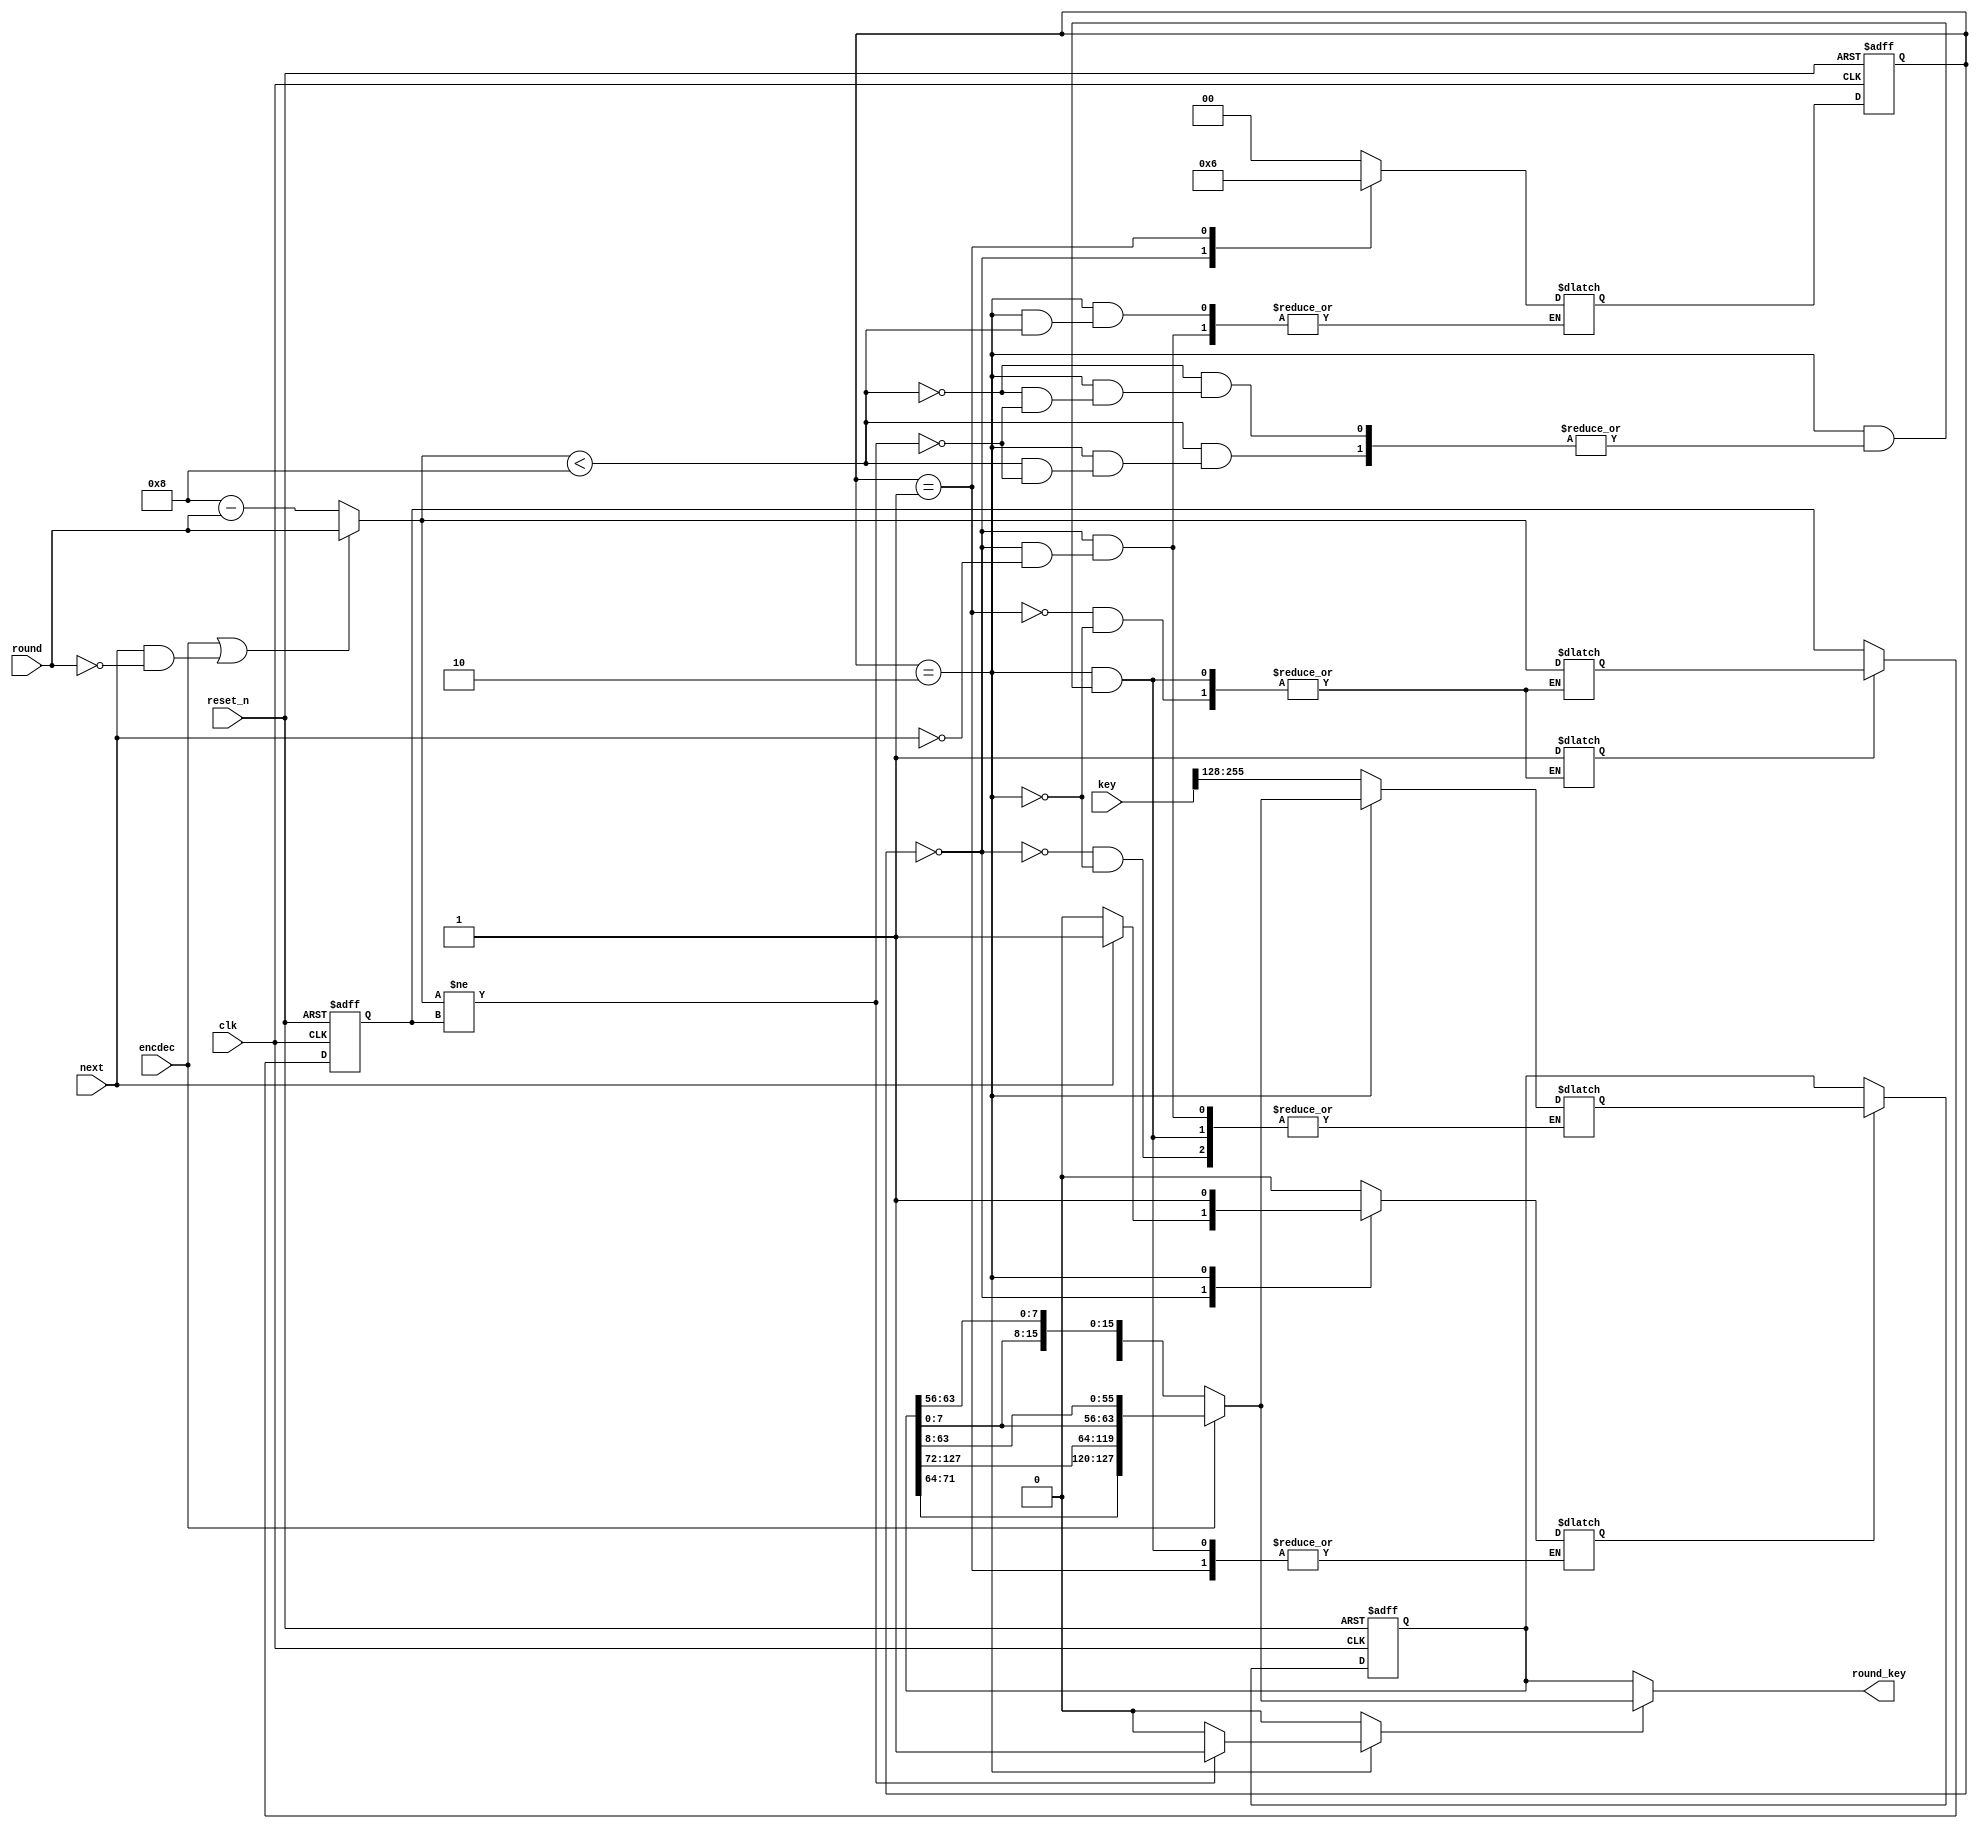
`default_nettype none

module aes_key_acc(
                   input wire            clk,
                   input wire            reset_n,

                   input wire [255 : 0]  key,
                   input wire            next,
                   input wire            encdec,

                   input wire    [3 : 0] round,
                   output wire [127 : 0] round_key

//                   output wire [31 : 0]  sboxw,
//                   input wire  [31 : 0]  new_sboxw
);
  //----------------------------------------------------------------
  // Parameters.
  //----------------------------------------------------------------
  localparam AES_128_NUM_ROUNDS = 8;
  localparam IDLE     = 3'h0;
  localparam INIT     = 3'h1;
  localparam MAIN = 3'h2;
  localparam DONE     = 3'h3;

  //----------------------------------------------------------------
  // Registers.
  //----------------------------------------------------------------
  reg [1:0]state_cur;
  reg [127:0]  key_reg;
  reg [3 : 0] round_b;

  //----------------------------------------------------------------
  // Wires.
  //----------------------------------------------------------------
  reg [1:0]state_next;
  reg  key_reg_we;
  reg [127:0]  key_reg_new;
  reg round_key_sit;
  wire  [127:0] key_trans;
  reg round_b_we;
  reg [3 : 0]round_b_new;
  wire [3:0] round_use;

  //----------------------------------------------------------------
  // Concurrent assignments for ports.
  //----------------------------------------------------------------
  assign round_key = (round_key_sit == 1'b1)? key_trans : key_reg;

  //----------------------------------------------------------------
  // Wire
  //----------------------------------------------------------------
  assign key_trans = (encdec==1)?{key_reg[71:64],key_reg[127:72],key_reg[7:0],key_reg[63:8]}:
{key_reg[119:64],key_reg[127:120],key_reg[55:0],key_reg[63:56]};
  assign round_use = (encdec==1 || (next&&round ==0))?round : AES_128_NUM_ROUNDS  - round;

  //----------------------------------------------------------------
  // reg_update
  //----------------------------------------------------------------
  always @ (posedge clk or negedge reset_n)
	begin
		if(!reset_n)
			begin
				state_cur <= IDLE;
				key_reg <= 0;
				round_b <= 0;
			end
		else begin
			state_cur <= state_next;
			if(key_reg_we)
				key_reg <= key_reg_new;
			if(round_b_we)
				round_b <= round_b_new;
		end
	end

  //----------------------------------------------------------------
  // state signal.
  //----------------------------------------------------------------
  always @*
	begin: key_state_ctrl
	case(state_cur)
		IDLE:
			begin
			round_key_sit = 1'b0;
			if(next)
			begin
				state_next = INIT;
				key_reg_we = 1'b1;
				key_reg_new = key[255:128];
			end
			else 
				key_reg_we = 1'b0;
			end
		INIT:
			begin
				state_next = MAIN;
				round_key_sit = 1'b0;
				round_b_we = 1'b1;
				round_b_new = round_use;
			end
		MAIN:
			if(round_use < AES_128_NUM_ROUNDS )
				if(round_use != round_b)
				begin
					round_key_sit = 1'b1;
					key_reg_we = 1'b1;
					key_reg_new = key_trans;
					round_b_we = 1'b1;
					round_b_new = round_use;
				end
				else begin
					round_key_sit = 1'b0;
				end
			else begin
				state_next = IDLE;
				if(round_use != round_b)
				begin
					round_key_sit = 1'b1;
					key_reg_we = 1'b1;
					key_reg_new = key_trans;
					round_b_we = 1'b1;
					round_b_new = round_use;
				end
				else begin
					round_key_sit = 1'b0;
				end
			end
		default:
			begin
			state_next = IDLE;
			round_key_sit = 1'b0;
			key_reg_we = 1'b0;
			end
	endcase
	end
endmodule